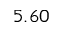
5 . 6 0